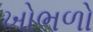
ખોભળો